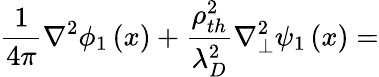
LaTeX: \frac{1}{4\pi}\nabla^{2}\phi_{1}\left(x\right)+\frac{\rho_{th}^{2}}{\lambda_{D}^{2}}\nabla_{\perp}^{2}\psi_{1}\left(x\right)=